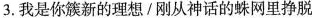
3.我是你簇新的理想/刚从神话的蛛网里挣脱